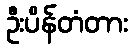
ဦးပိန်တံတား